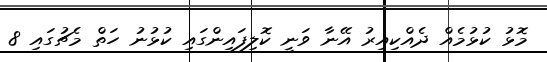
މޮޅު ކުޅުމެއް ދެއްކިއިރު އޭނާ ވަނީ ކޮލިފައިންގައި ކުޅުނު ހަތް މެޗުގައި 8